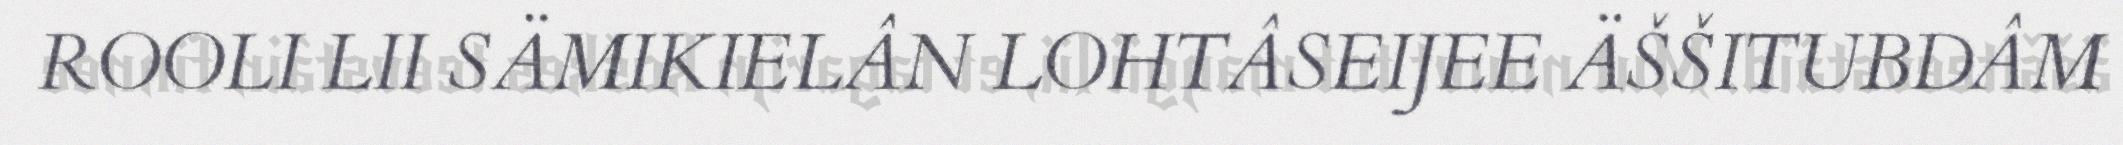
ROOLI LII SÄMIKIELÂN LOHTÂSEIJEE ÄŠŠITUBDÂM